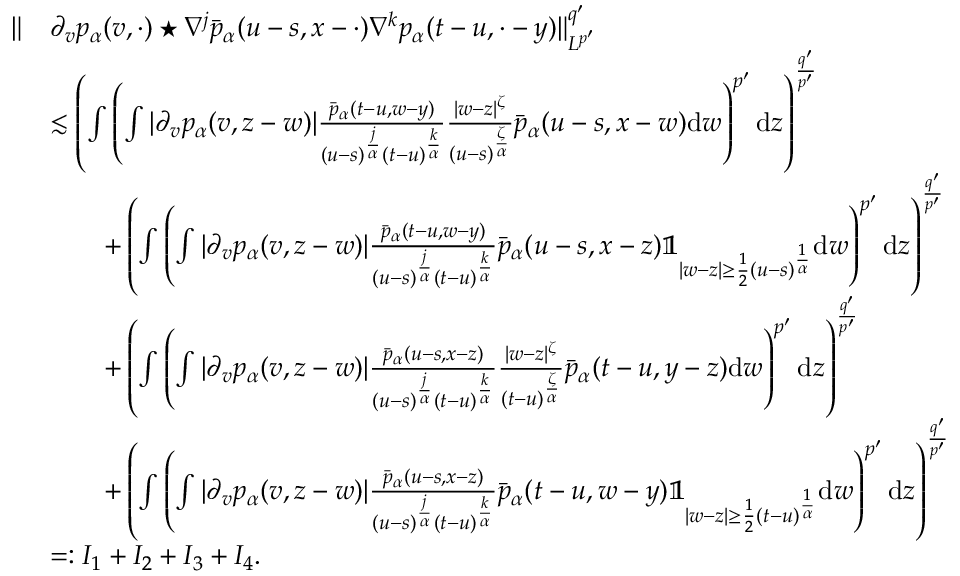
\begin{array} { r l } { \Vert } & { \partial _ { v } p _ { \alpha } ( v , \cdot ) \star \nabla ^ { j } \bar { p } _ { \alpha } ( u - s , x - \cdot ) \nabla ^ { k } p _ { \alpha } ( t - u , \cdot - y ) \Vert _ { L ^ { p ^ { \prime } } } ^ { q ^ { \prime } } } \\ & { \lesssim \left( \int \left( \int | \partial _ { v } p _ { \alpha } ( v , z - w ) | \frac { \bar { p } _ { \alpha } ( t - u , w - y ) } { ( u - s ) ^ { \frac { j } { \alpha } } ( t - u ) ^ { \frac { k } { \alpha } } } \frac { | w - z | ^ { \zeta } } { ( u - s ) ^ { \frac { \zeta } { \alpha } } } \bar { p } _ { \alpha } ( u - s , x - w ) \mathrm { d } w \right) ^ { p ^ { \prime } } \mathrm { d } z \right) ^ { \frac { q ^ { \prime } } { p ^ { \prime } } } } \\ & { \qquad + \left( \int \left( \int | \partial _ { v } p _ { \alpha } ( v , z - w ) | \frac { \bar { p } _ { \alpha } ( t - u , w - y ) } { ( u - s ) ^ { \frac { j } { \alpha } } ( t - u ) ^ { \frac { k } { \alpha } } } \bar { p } _ { \alpha } ( u - s , x - z ) \mathbb { 1 } _ { | w - z | \geq \frac { 1 } { 2 } ( u - s ) ^ { \frac { 1 } { \alpha } } } \mathrm { d } w \right) ^ { p ^ { \prime } } \mathrm { d } z \right) ^ { \frac { q ^ { \prime } } { p ^ { \prime } } } } \\ & { \qquad + \left( \int \left( \int | \partial _ { v } p _ { \alpha } ( v , z - w ) | \frac { \bar { p } _ { \alpha } ( u - s , x - z ) } { ( u - s ) ^ { \frac { j } { \alpha } } ( t - u ) ^ { \frac { k } { \alpha } } } \frac { | w - z | ^ { \zeta } } { ( t - u ) ^ { \frac { \zeta } { \alpha } } } \bar { p } _ { \alpha } ( t - u , y - z ) \mathrm { d } w \right) ^ { p ^ { \prime } } \mathrm { d } z \right) ^ { \frac { q ^ { \prime } } { p ^ { \prime } } } } \\ & { \qquad + \left( \int \left( \int | \partial _ { v } p _ { \alpha } ( v , z - w ) | \frac { \bar { p } _ { \alpha } ( u - s , x - z ) } { ( u - s ) ^ { \frac { j } { \alpha } } ( t - u ) ^ { \frac { k } { \alpha } } } \bar { p } _ { \alpha } ( t - u , w - y ) \mathbb { 1 } _ { | w - z | \geq \frac { 1 } { 2 } ( t - u ) ^ { \frac { 1 } { \alpha } } } \mathrm { d } w \right) ^ { p ^ { \prime } } \mathrm { d } z \right) ^ { \frac { q ^ { \prime } } { p ^ { \prime } } } } \\ & { = : I _ { 1 } + I _ { 2 } + I _ { 3 } + I _ { 4 } . } \end{array}